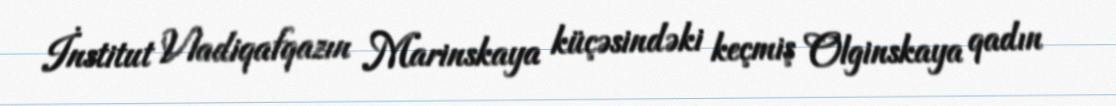
İnstitut Vladiqafqazın Marinskaya küçəsindəki keçmiş Olginskaya qadın